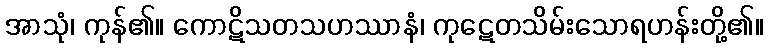
အာသုံ၊ ကုန်၏။ ကောဋိသတသဟဿာနံ၊ ကုဋေတသိမ်းသောရဟန်းတို့၏။